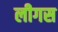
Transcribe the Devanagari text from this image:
लीगस